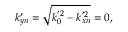
k _ { y n } ^ { \prime } = \sqrt { k _ { 0 } ^ { ' 2 } - k _ { x n } ^ { ' 2 } } = 0 ,